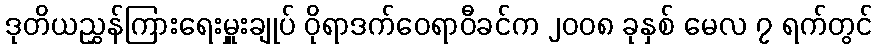
ဒုတိယညွှန်ကြားရေးမှူးချုပ် ဝိုရာဒက်ဝေရာဝီခင်က ၂၀၀၈ ခုနှစ် မေလ ၇ ရက်တွင်